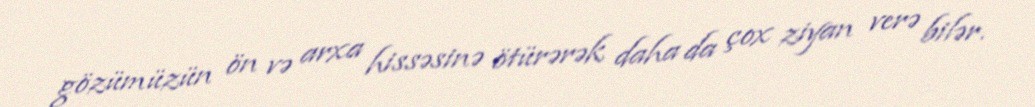
gözümüzün ön və arxa hissəsinə ötürərək daha da çox ziyan verə bilər.